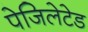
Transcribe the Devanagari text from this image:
पेजिलेटेड